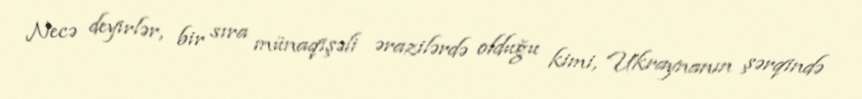
Necə deyirlər, bir sıra münaqişəli ərazilərdə olduğu kimi, Ukraynanın şərqində